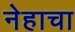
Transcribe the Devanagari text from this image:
नेहाचा